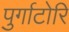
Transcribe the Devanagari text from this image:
पुर्गाटोरि